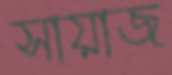
সায়াজ